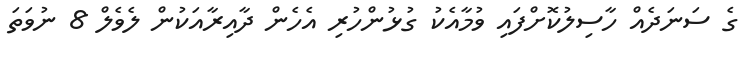
ގެ ސަނަދެއް ހާސިލުކޮށްފައި ވުމާއެކު ގުޅުންހުރި އެހެން ދާއިރާއަކުން ލެވެލް 8 ނުވަތަ